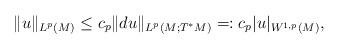
LaTeX: \begin{align*} \Vert u\Vert _{L^p(M)} \leq c_p \Vert d u\Vert _{L^p(M;T^*M )} =: c_p |u|_{W^{1, p}(M)},\end{align*}